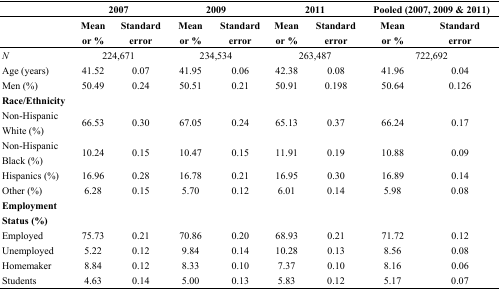
|  | <COLSPAN=2> 2007 | <COLSPAN=2> 2009 | <COLSPAN=2> 2011 | <COLSPAN=2> Pooled (2007, 2009 & 2011) |
 |  | Mean or % | Standard error | Mean or % | Standard error | Mean or % | Standard error | Mean or % | Standard error |
 | --- | --- | --- | --- | --- | --- | --- | --- | --- |
 | N | <COLSPAN=2> 224,671 | <COLSPAN=2> 234,534 | <COLSPAN=2> 263,487 | <COLSPAN=2> 722,692 |
 | Age (years) | 41.52 | 0.07 | 41.95 | 0.06 | 42.38 | 0.08 | 41.96 | 0.04 |
 | Men (%) | 50.49 | 0.24 | 50.51 | 0.21 | 50.91 | 0.198 | 50.64 | 0.126 |
 | Race/Ethnicity |  |  |  |  |  |  |  |  |
 | Non-Hispanic White (%) | 66.53 | 0.30 | 67.05 | 0.24 | 65.13 | 0.37 | 66.24 | 0.17 |
 | Non-Hispanic Black (%) | 10.24 | 0.15 | 10.47 | 0.15 | 11.91 | 0.19 | 10.88 | 0.09 |
 | Hispanics (%) | 16.96 | 0.28 | 16.78 | 0.21 | 16.95 | 0.30 | 16.89 | 0.14 |
 | Other (%) | 6.28 | 0.15 | 5.70 | 0.12 | 6.01 | 0.14 | 5.98 | 0.08 |
 | Employment Status (%) |  |  |  |  |  |  |  |  |
 | Employed | 75.73 | 0.21 | 70.86 | 0.20 | 68.93 | 0.21 | 71.72 | 0.12 |
 | Unemployed | 5.22 | 0.12 | 9.84 | 0.14 | 10.28 | 0.13 | 8.56 | 0.08 |
 | Homemaker | 8.84 | 0.12 | 8.33 | 0.10 | 7.37 | 0.10 | 8.16 | 0.06 |
 | Students | 4.63 | 0.14 | 5.00 | 0.13 | 5.83 | 0.12 | 5.17 | 0.07 |